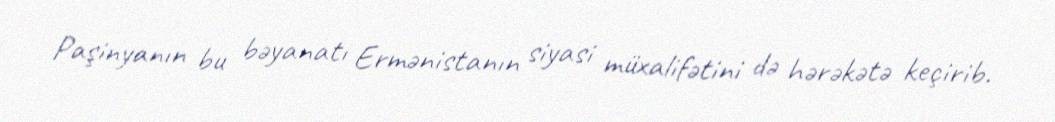
Paşinyanın bu bəyanatı Ermənistanın siyasi müxalifətini də hərəkətə keçirib.